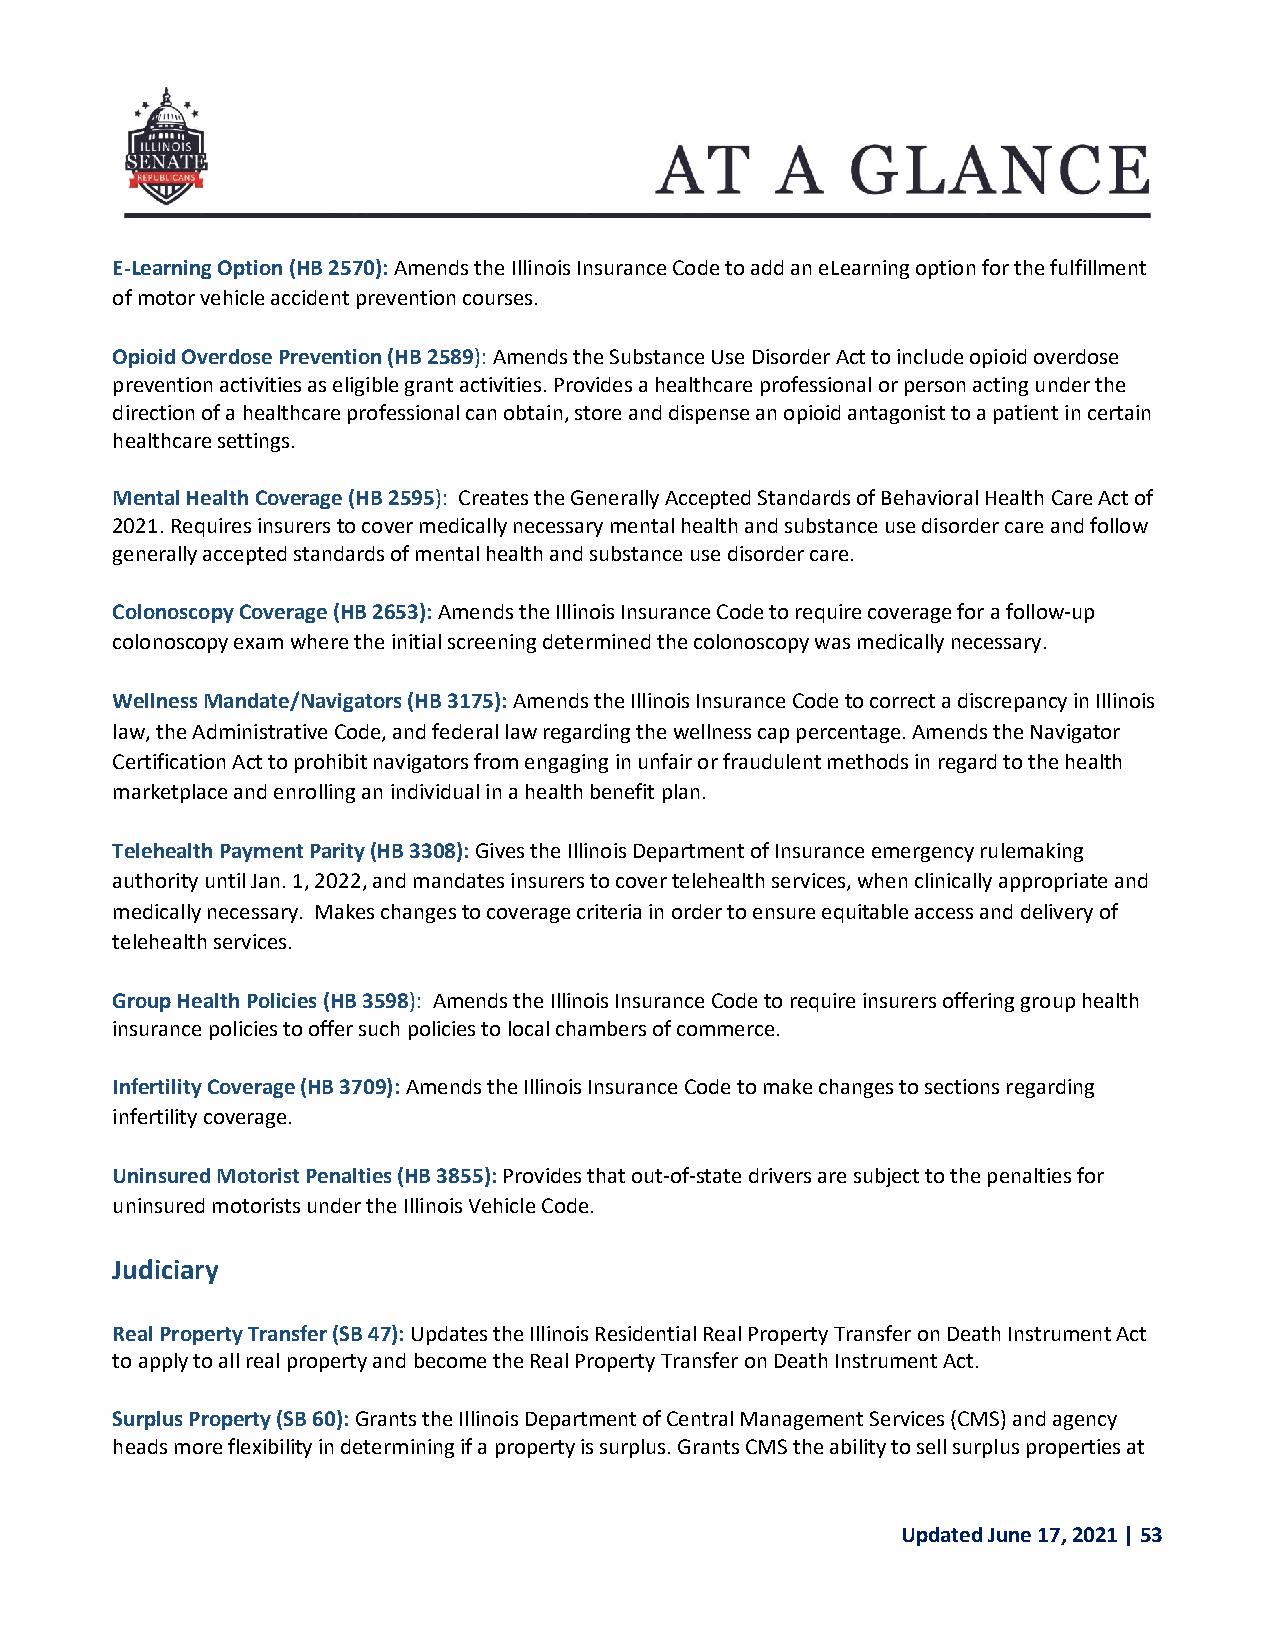
E-Learning Option (HB 2570): Amends the Illinois Insurance Code to add an eLearning option for the fulfillment
 of motor vehicle accident prevention courses.
 Opioid Overdose Prevention (HB 2589): Amends the Substance Use Disorder Act to include opioid overdose
 prevention activities as eligible grant activities. Provides a healthcare professional or person acting under the
 direction of a healthcare professional can obtain, store and dispense an opioid antagonist to a patient in certain
 healthcare settings.
 Mental Health Coverage (HB 2595): Creates the Generally Accepted Standards of Behavioral Health Care Act of
 2021. Requires insurers to cover medically necessary mental health and substance use disorder care and follow
 generally accepted standards of mental health and substance use disorder care.
 Colonoscopy Coverage (HB 2653): Amends the Illinois Insurance Code to require coverage for a follow-up
 colonoscopy exam where the initial screening determined the colonoscopy was medically necessary.
 Wellness Mandate/Navigators (HB 3175): Amends the Illinois Insurance Code to correct a discrepancy in Illinois
 law, the Administrative Code, and federal law regarding the wellness cap percentage. Amends the Navigator
 Certification Act to prohibit navigators from engaging in unfair or fraudulent methods in regard to the health
 marketplace and enrolling an individual in a health benefit plan.
 Telehealth Payment Parity (HB 3308): Gives the Illinois Department of Insurance emergency rulemaking
 authority until Jan. 1, 2022, and mandates insurers to cover telehealth services, when clinically appropriate and
 medically necessary. Makes changes to coverage criteria in order to ensure equitable access and delivery of
 telehealth services.
 Group Health Policies (HB 3598): Amends the Illinois Insurance Code to require insurers offering group health
 insurance policies to offer such policies to local chambers of commerce.
 Infertility Coverage (HB 3709): Amends the Illinois Insurance Code to make changes to sections regarding
 infertility coverage.
 Uninsured Motorist Penalties (HB 3855): Provides that out-of-state drivers are subject to the penalties for
 uninsured motorists under the Illinois Vehicle Code.
 Judiciary
 Real Property Transfer (SB 47): Updates the Illinois Residential Real Property Transfer on Death Instrument Act
 to apply to all real property and become the Real Property Transfer on Death Instrument Act.
 Surplus Property (SB 60): Grants the Illinois Department of Central Management Services (CMS) and agency
 heads more flexibility in determining if a property is surplus. Grants CMS the ability to sell surplus properties at
 Updated June 17, 2021 | 53